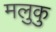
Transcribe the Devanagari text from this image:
मलुकु